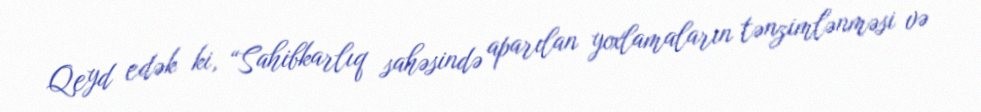
Qeyd edək ki, “Sahibkarlıq sahəsində aparılan yoxlamaların tənzimlənməsi və